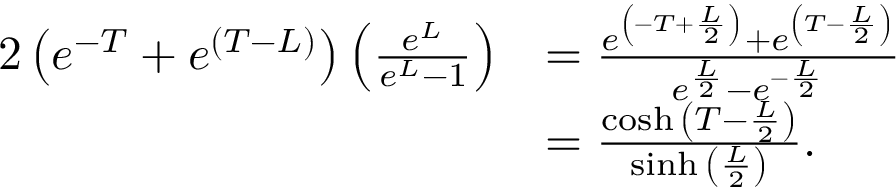
\begin{array} { r l } { { 2 } \left( e ^ { - T } + e ^ { ( T - L ) } \right) \left( \frac { e ^ { L } } { e ^ { L } - 1 } \right) } & { = \frac { e ^ { \left( - T + \frac { L } { 2 } \right) } + e ^ { \left( T - \frac { L } { 2 } \right) } } { e ^ { \frac { L } { 2 } } - e ^ { - \frac { L } { 2 } } } } \\ & { = \frac { \cosh { \left( T - \frac { L } { 2 } \right) } } { \sinh { \left( \frac { L } { 2 } \right) } } . } \end{array}